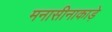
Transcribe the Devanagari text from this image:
मनासीनाकाड़े